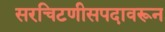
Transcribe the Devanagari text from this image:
सरचिटणीसपदावरून